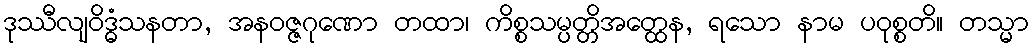
ဒုဿီလျဝိဒ္ဓံသနတာ, အနဝဇ္ဇဂုဏော တထာ၊ ကိစ္စသမ္ပတ္တိအတ္ထေန, ရသော နာမ ပဝုစ္စတိ။ တသ္မာ